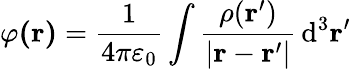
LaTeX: \varphi\mathbf{(r)}={\frac{1}{4\pi\varepsilon_{0}}}\int{\frac{\rho(\mathbf{r^{\prime}})}{|\mathbf{r}-\mathbf{r^{\prime}}|}}\, \mathrm{d^{3}}\mathbf{r^{\prime}}